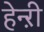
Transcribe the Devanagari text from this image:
हेन्ऱी